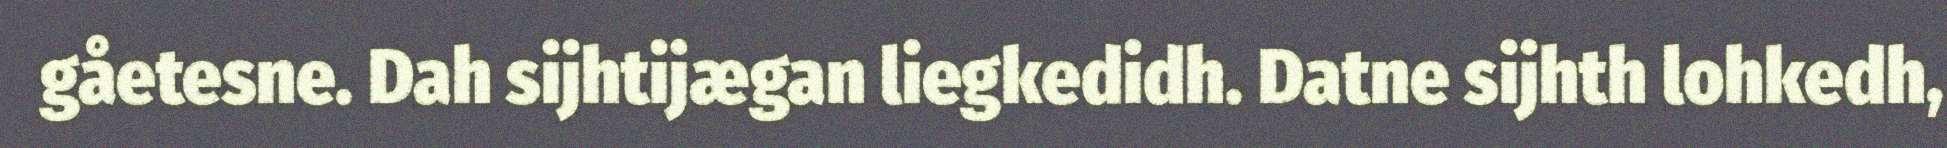
gåetesne. Dah sijhtijægan liegkedidh. Datne sijhth lohkedh,